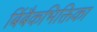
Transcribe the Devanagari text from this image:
बिंबैकभिक्तिका